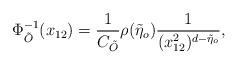
LaTeX: \begin{align*}\Phi^{-1}_{\tilde{O}}(x_{12})=\frac{1}{C_{\tilde{O}}}\rho(\tilde{\eta}_{o})\frac{1}{(x_{12}^{2})^{d-\tilde{\eta}_{o}}},\end{align*}